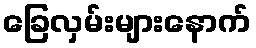
ခြေလှမ်းများနောက်